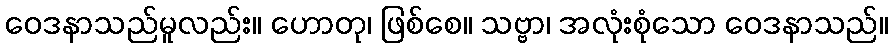
ဝေဒနာသည်မူလည်း။ ဟောတု၊ ဖြစ်စေ။ သဗ္ဗာ၊ အလုံးစုံသော ဝေဒနာသည်။